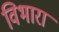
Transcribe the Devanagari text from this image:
विभारा